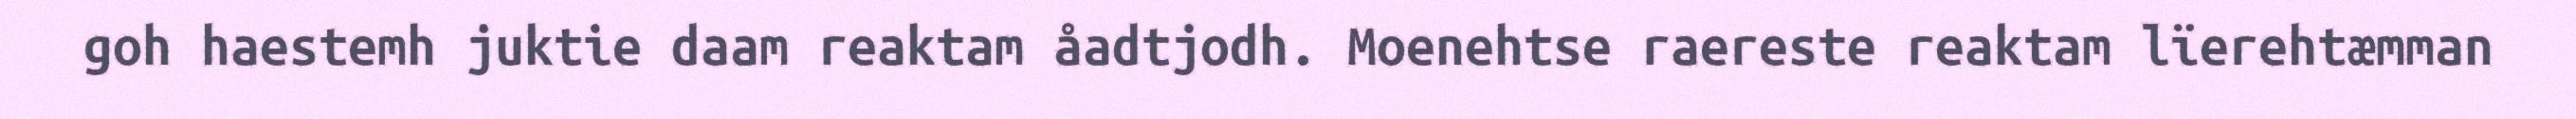
goh haestemh juktie daam reaktam åadtjodh. Moenehtse raereste reaktam lïerehtæmman